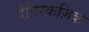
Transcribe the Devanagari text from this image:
देमिरकज़िक